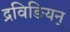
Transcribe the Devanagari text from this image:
द्रविङियन्